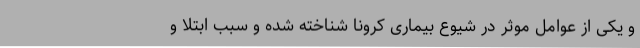
و یکی از عوامل موثر در شیوع بیماری کرونا شناخته شده و سبب ابتلا و